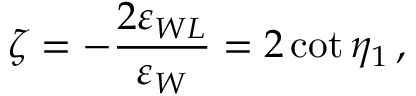
\zeta = - \frac { 2 \varepsilon _ { W L } } { \varepsilon _ { W } } = 2 \cot { \eta _ { 1 } } \, ,